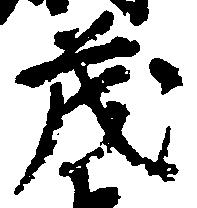
茂